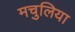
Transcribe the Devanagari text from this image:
मचुलिया